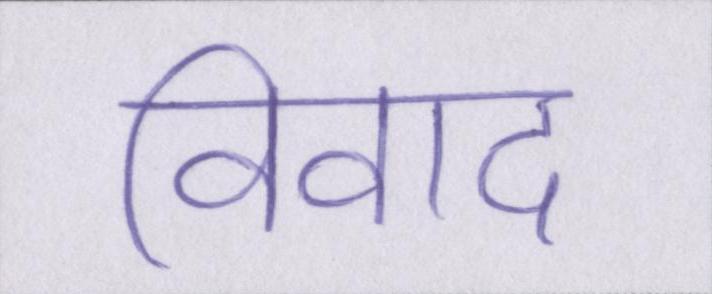
विवाद